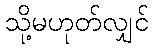
သို့မဟုတ်လျှင်